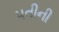
પતીની